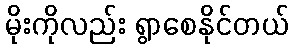
မိုးကိုလည်း ရွာစေနိုင်တယ်